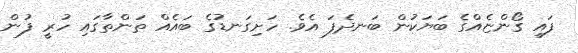
ފައި ގޯންޏެއްގެ ބަޔަކުން ބަނދެފަ އެވެ. ހަށިގަނޑުގެ ބައެއް ތަންތާގައި ހުރީ ފުން